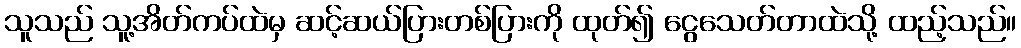
သူသည် သူ့အိတ်ကပ်ထဲမှ ဆင့်ဆယ်ပြားတစ်ပြားကို ထုတ်၍ ငွေသေတ်တာထဲသို့ ထည့်သည်။